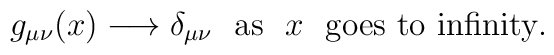
g_{\mu\nu}(x) \longrightarrow \delta_{\mu\nu} \ \ {\rm as} \ \ x \ \ {\rm goes \ to \ infinity.}